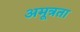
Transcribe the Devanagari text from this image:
अमूत्रता